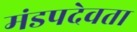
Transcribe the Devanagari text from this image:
मंडपदेवता